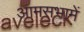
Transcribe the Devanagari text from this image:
आमसभामें